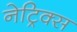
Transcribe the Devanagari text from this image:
नेट्रिक्स